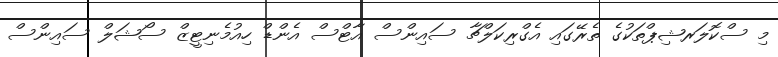
މި ސްކޮލަރޝިޕްތަކުގެ ތެރޭގައި އެގްރިކަލްޗާ ސައިންސް އާޓްސް އެންޑް ހިއުމެނިޓީޒް ސޯޝަލް ސައިންސް